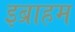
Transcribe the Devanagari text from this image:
इब्राहम